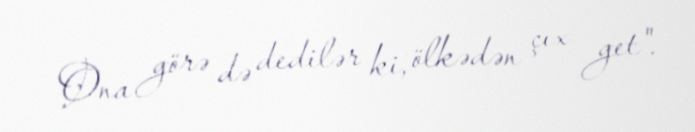
Ona görə də dedilər ki, ölkədən çıx get".